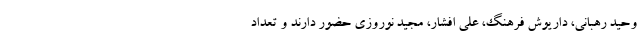
وحید رهبانی، داریوش فرهنگ، علی افشار، مجید نوروزی حضور دارند و تعداد